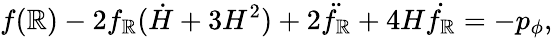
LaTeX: f(\mathbb{R})-2f_{\mathbb{R}}(\dot{{H}}+3H^{2})+2\ddot{{f_{\mathbb{R}}}}+4H\dot{{f_{\mathbb{R}}}}=-p_{\phi},